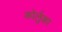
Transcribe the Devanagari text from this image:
कोर्लुका